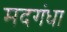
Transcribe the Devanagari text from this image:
मदगंधा